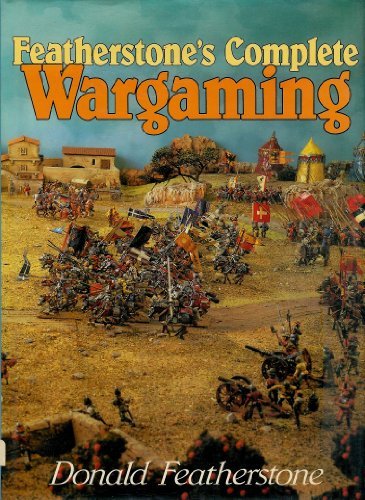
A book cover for Featherstone's Complete Wargaming; Donald Featherstone; Science Fiction & Fantasy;